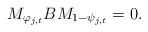
LaTeX: \begin{align*}M_{\varphi_{j,t}} B M_{1-\psi_{j,t}} = 0.\end{align*}